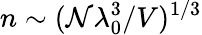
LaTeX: n\sim(\mathcal{N}\lambda_{0}^{3}/V)^{1/3}